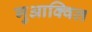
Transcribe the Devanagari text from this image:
गुआक्विल